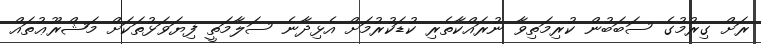
ރަށް ގިރުމުގެ ސަބަބުން ކުރިމަތިވާ ނުރައްކާތެރި ކުޑަކުރުމަށް އެޅިދާނެ ސަލާމަތީ ފިޔަވަޅުތަކަށް މަޝްރޫޢުތައް